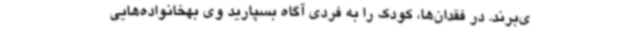
ی‌برند. در فقدان‌ها، کودک را به فردی آگاه بسپارید وی بهخانواده‌هایی